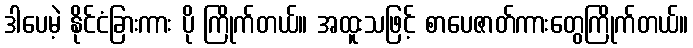
ဒါပေမဲ့ နိုင်ငံခြားကား ပို ကြိုက်တယ်။ အထူးသဖြင့် စာပေဇာတ်ကားတွေကြိုက်တယ်။